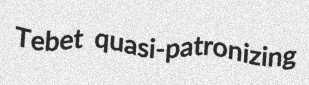
Tebet quasi-patronizing